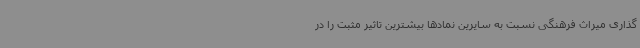
گذاری میراث فرهنگی نسبت به سایرین نمادها بیشترین تاثیر مثبت را در